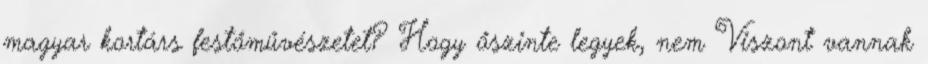
magyar kortárs festőművészetet? Hogy őszinte legyek, nem Viszont vannak